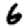
Digit: 6